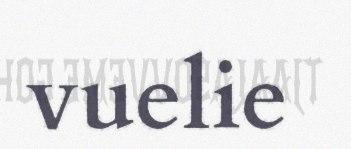
vuelie